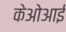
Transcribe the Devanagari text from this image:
केओआई